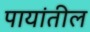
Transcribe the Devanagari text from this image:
पायांतील